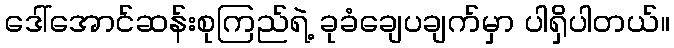
ဒေါ်အောင်ဆန်းစုကြည်ရဲ့ ခုခံချေပချက်မှာ ပါရှိပါတယ်။